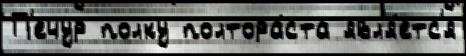
П'ечур полку полтора́ста явл'я́етс'я